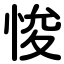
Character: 悛